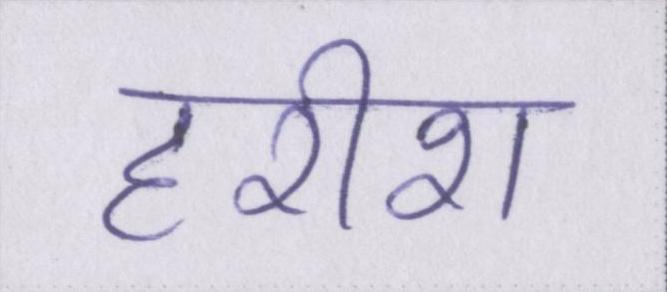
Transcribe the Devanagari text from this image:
हरीश